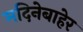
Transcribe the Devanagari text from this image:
मदिनेबाहेर